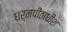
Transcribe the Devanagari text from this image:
धर्मपीठाधीश